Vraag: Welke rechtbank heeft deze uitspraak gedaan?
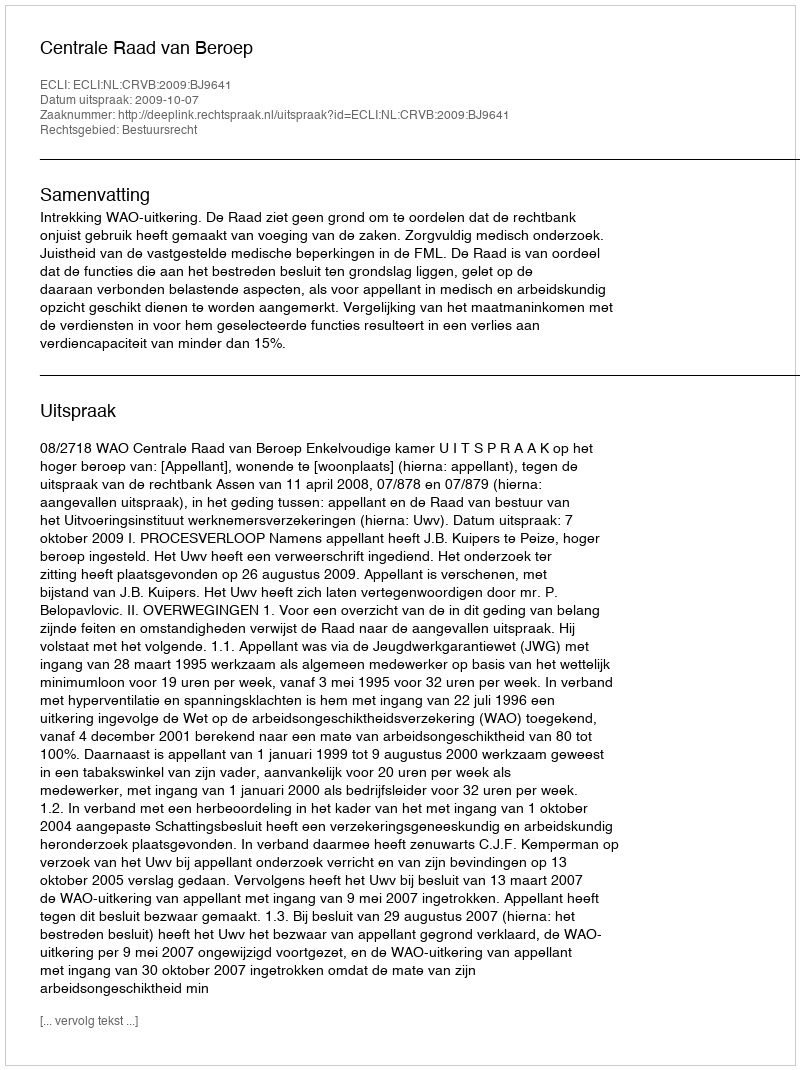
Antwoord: Centrale Raad van Beroep